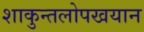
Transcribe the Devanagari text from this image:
शाकुन्तलोपखयान